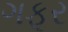
ગફૂર